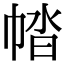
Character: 𢃕